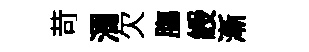
苛濁欠膓綬漸